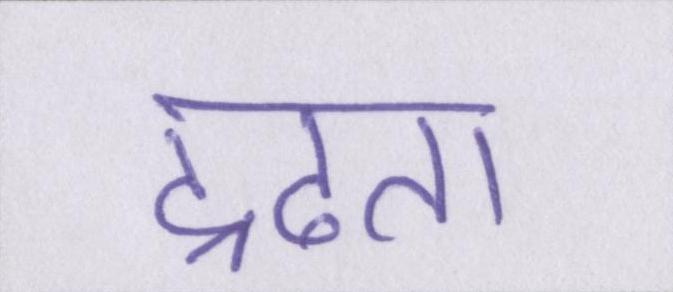
द्रढता